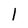
Character: l